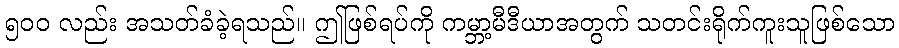
၅၀၀ လည်း အသတ်ခံခဲ့ရသည်။ ဤဖြစ်ရပ်ကို ကမ္ဘာ့မီဒီယာအတွက် သတင်းရိုက်ကူးသူဖြစ်သော